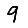
Digit: 9